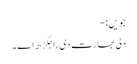
جویں:-
دلی بھارت دی راجگڑھ اے ۔